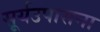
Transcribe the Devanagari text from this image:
सूर्यउपासना